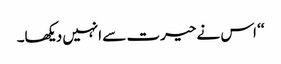
‘‘ اس نے حیرت سے انہیں دیکھا۔